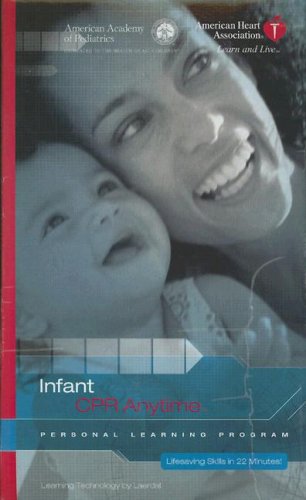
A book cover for American Heart Association Infant CPR Anytime Personal Learning Program, Dark Skin; AAP; Health, Fitness & Dieting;